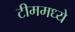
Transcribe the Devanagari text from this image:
टीममध्ये